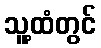
သူ့ထံတွင်